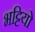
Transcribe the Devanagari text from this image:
भट्टियो